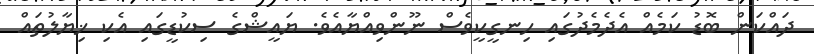
ދައްކަން ބޮޑު ކަމެއް އެދެމެދުގައި ހިނގީކީވެސް ނޫންވިއްޔާއެވެ. ޔައީޝްގެ ސިކުޑީގައި އެކި ޚިޔާލުތައް